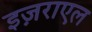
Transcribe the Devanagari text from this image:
इज़राएल